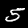
Label: 5